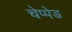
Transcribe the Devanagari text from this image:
चेप्पेड